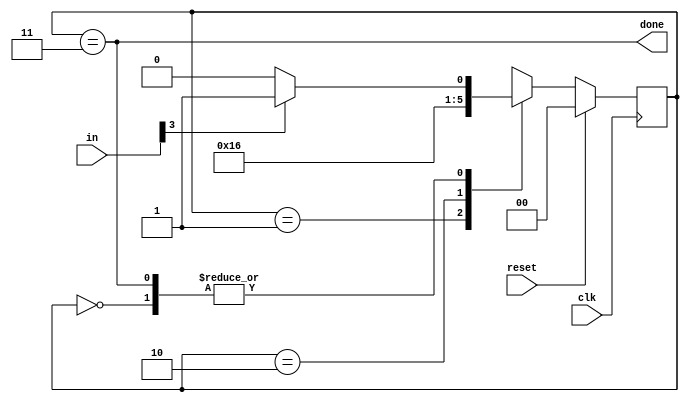
module top_module (
    input                   clk     ,
    input           [7 : 0] in      ,
    input                   reset   ,
    output                  done
);

    parameter   IDLE    = 0,
                BYTE1   = 1,
                BYTE2   = 2,
                BYTE3   = 3;

    reg             [1 : 0] curr_state, next_state;

    always @ (posedge clk) begin
        if (reset)  curr_state <= IDLE;
        else        curr_state <= next_state;
    end

    always @ (*) begin
        case (curr_state)
            IDLE    :   next_state = in[3] ? BYTE1 : IDLE;
            BYTE1   :   next_state = BYTE2;
            BYTE2   :   next_state = BYTE3;
            BYTE3   :   next_state = in[3] ? BYTE1 : IDLE;
        endcase
    end

    assign done = (curr_state == BYTE3);

endmodule